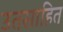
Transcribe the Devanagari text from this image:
उतसाहित